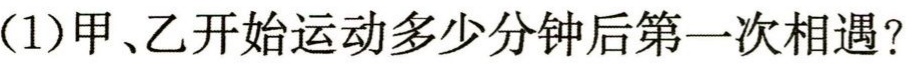
(1)甲、乙开始运动多少分钟后第一次相遇？